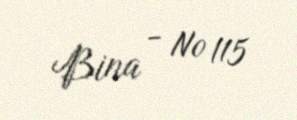
Bina - № 115